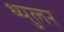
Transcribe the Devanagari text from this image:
थ्युलर